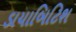
ડાયાબિટિશ